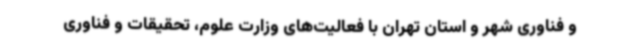
و فناوری شهر و استان تهران با فعالیت‌های وزارت علوم، تحقیقات و فناوری